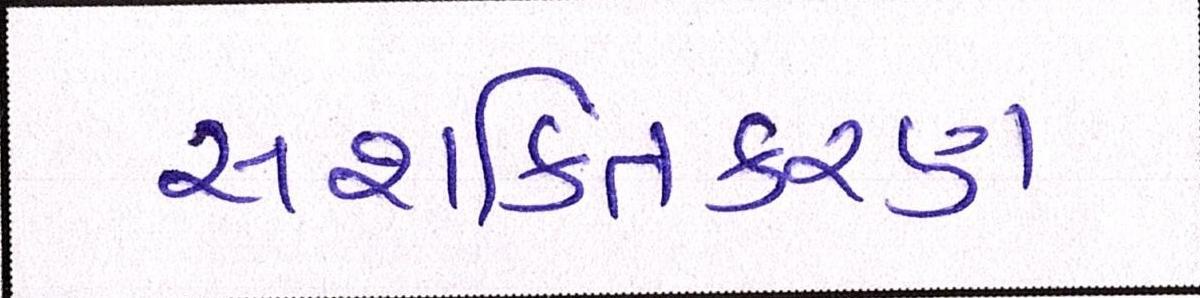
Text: સશક્તિકરણ